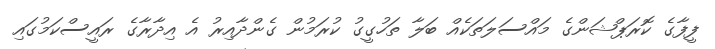
ފީފާގެ ކޮރަޕްޝަންގެ މައްސަލަތަކެއް ބަލާ ތަހުގީގު ކުރަމުން ގެންދާއިރު އެ އިދާރާގެ ރައީސްކަމުގައި